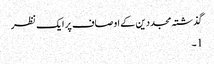
گذشتہ مجددین کے اوصاف پر ایک نظر
1۔